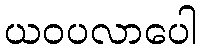
ယဝပလာပေါ